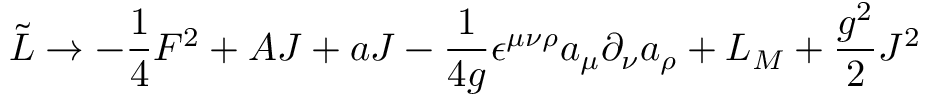
\tilde { { \cal L } } \rightarrow - \frac { 1 } { 4 } { \cal F } ^ { 2 } + { \cal A } J + a J - \frac { 1 } { 4 g } \epsilon ^ { \mu \nu \rho } a _ { \mu } \partial _ { \nu } a _ { \rho } + { \cal L } _ { M } + \frac { g ^ { 2 } } { 2 } J ^ { 2 }